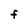
Character: F